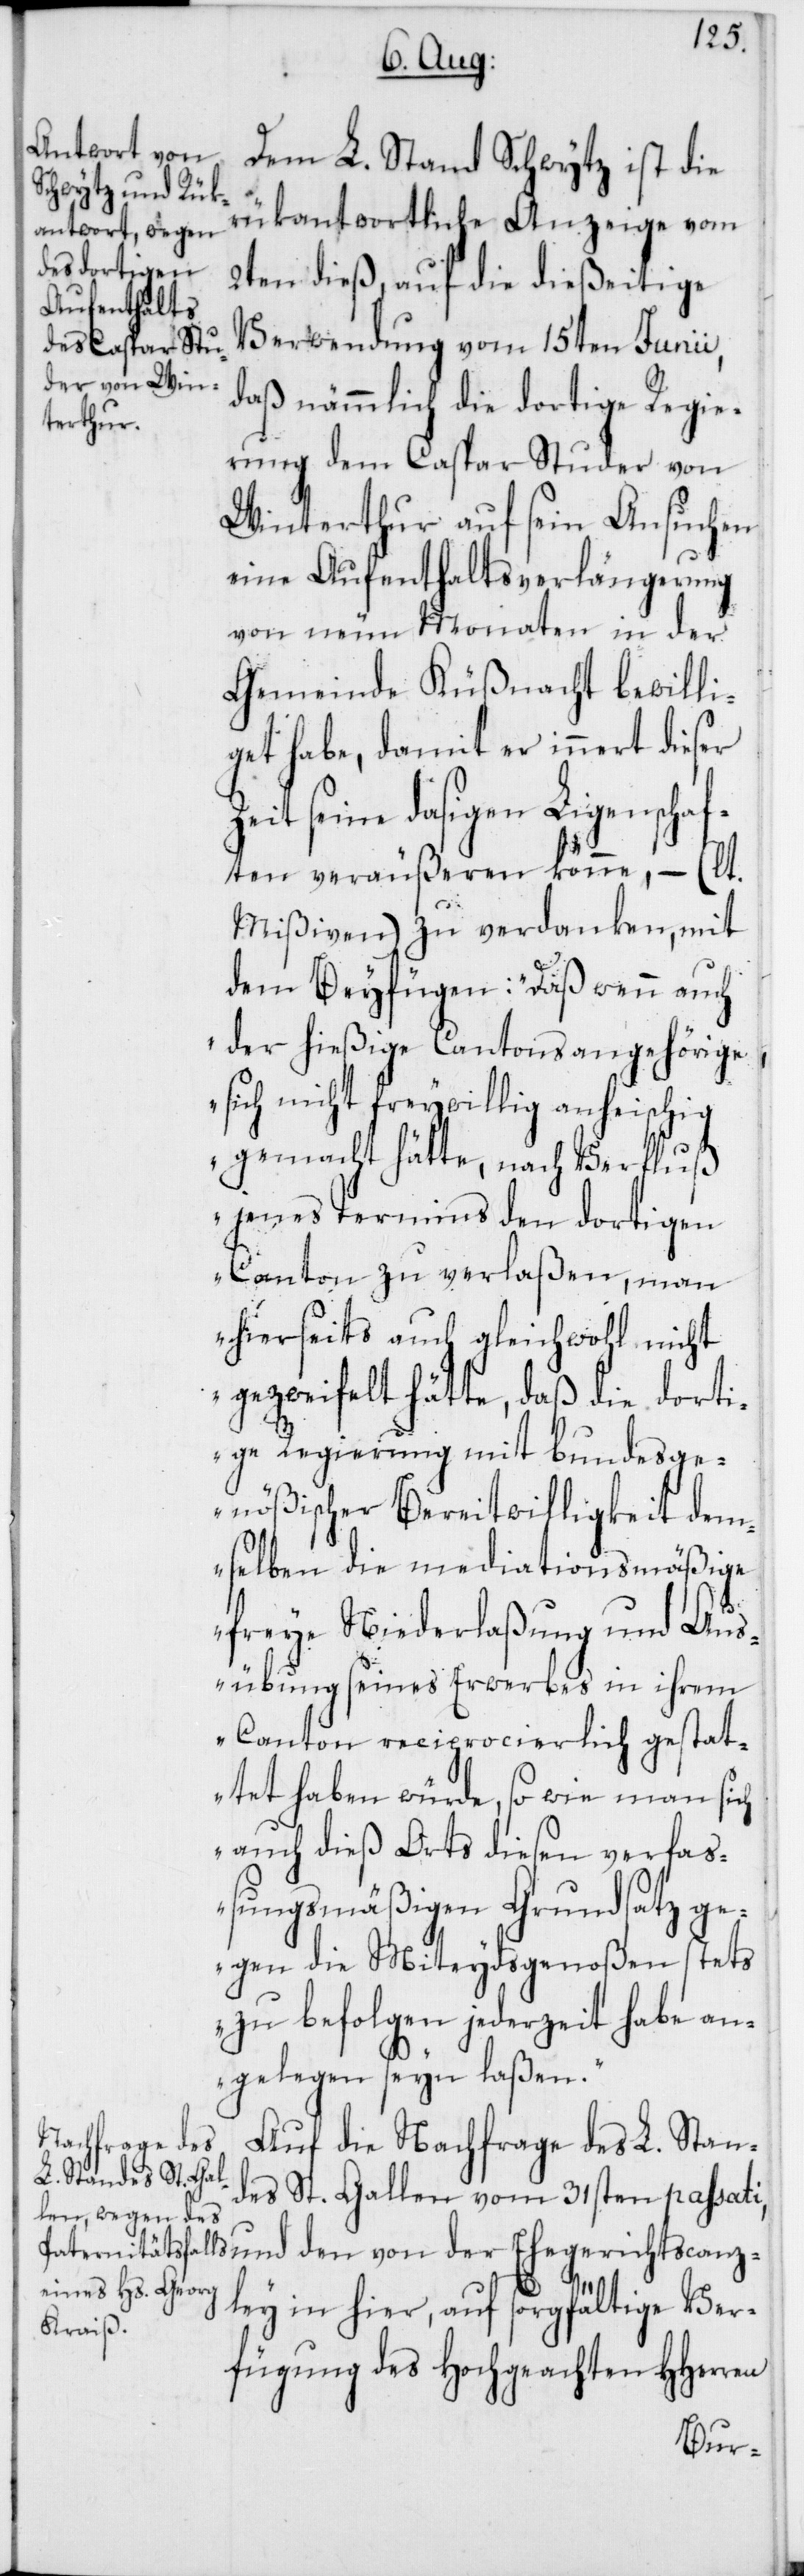
Dem L. Stand Schwytz ist die
rükantwortliche Anzeige vom
2ten dieß, auf die dießeitige
Verwendung vom 15ten Junii,
daß nämmlich die dortige Regie¬
rung dem Caspar Studer von
Winterthur auf seyn Ansuchen
eine Aufenthaltsverlängerung
von neun Monaten in der
Gemeinde Küßnacht bewilli¬
get habe, damit er innert dieser
den von der Ehegerichtscan¬
ten veräußeren könne, – (lt.
Mißiven) zu verdanken, mit
der hießige Cantonsangehörige,
sich nicht freywillig anheischig
gemacht hätte, nach Verfluß
jenes Termins den dortigen
Canton zu verlaßen, man
hierseits auch gleichwohl nicht
gezweifelt hätte, daß die dorti¬
ge Regierung mit bundesge¬
nößischer Bereitwilligkeit dem¬
selben die mediationsmäßige
Z¬
freye Niederlaßung und Aus¬
übung seines Erwerbs in ihrem
Canton reciprocierlich gestat¬
tet haben würde, so wie man sich
auch dieß Orts diesen verfaß¬
ungsmäßigen Grundsatz ge¬
gen die Miteydsgenoßen stets
zu befolgen jederzeit habe an¬
gelegen seyn laßen.“
Auf die Nachfrage des L. Stan¬
des St. Gallen vom 31sten passati,
zley in hier, auf sorgfältige Ver¬
fügung des Hochgeachten HHerren